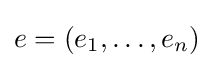
e=(e_{1},\dots ,e_{n})